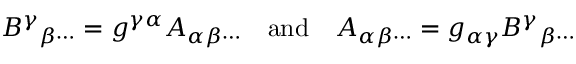
B ^ { \gamma } { } _ { \beta \cdots } = g ^ { \gamma \alpha } A _ { \alpha \beta \cdots } \quad { \mathrm { a n d } } \quad A _ { \alpha \beta \cdots } = g _ { \alpha \gamma } B ^ { \gamma } { } _ { \beta \cdots }